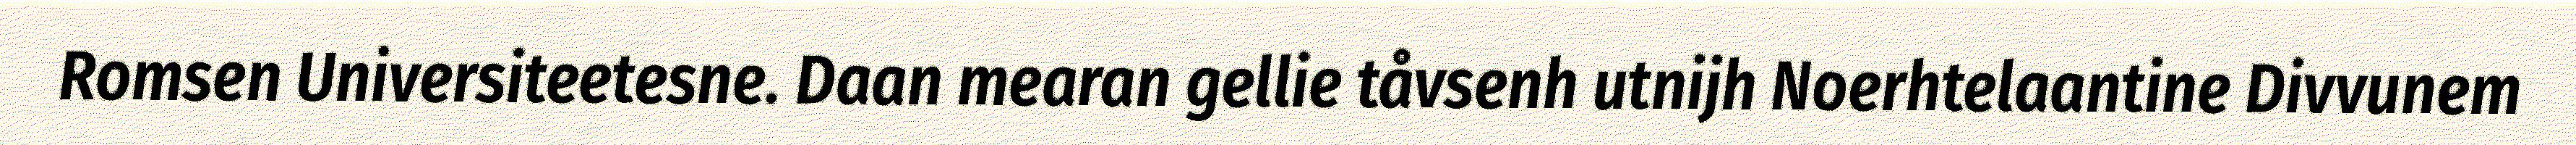
Romsen Universiteetesne. Daan mearan gellie tåvsenh utnijh Noerhtelaantine Divvunem